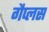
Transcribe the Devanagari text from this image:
गैप्लस